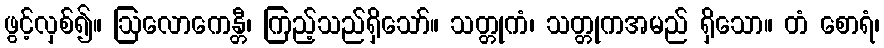
ဖွင့်လှစ်၍။ ဩလောကေန္တီ၊ ကြည့်သည်ရှိသော်။ သတ္တုကံ၊ သတ္တုကအမည် ရှိသော။ တံ စောရံ၊